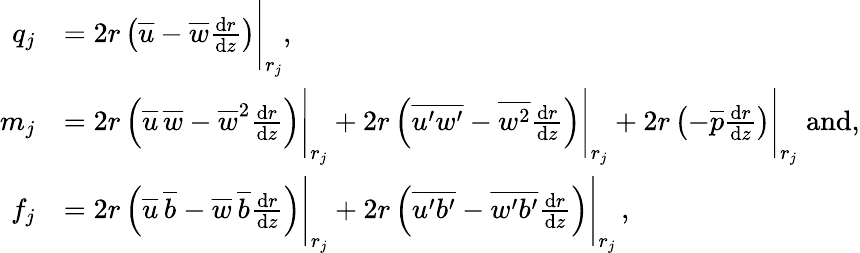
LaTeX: \begin{array}{rl}{q_{j}}&{=2r\left(\overline{{u}}-\overline{{w}}\frac{\textnormal{d}r}{\textnormal{d}z}\right)\Bigg|_{r_{j}},}\\ {m_{j}}&{=2r\left(\overline{{u}}\, \overline{{w}}-{\overline{{w}}}^{2}\frac{\textnormal{d}r}{\textnormal{d}z}\right)\Bigg|_{r_{j}}+2r\left(\overline{{u^{\prime}w^{\prime}}}-\overline{{w^{2}}}\frac{\textnormal{d}r}{\textnormal{d}z}\right)\Bigg|_{r_{j}}+2r\left(-\overline{{p}}\frac{\textnormal{d}r}{\textnormal{d}z}\right)\Bigg|_{r_{j}}\; \textrm{and},}\\ {f_{j}}&{=2r\left(\overline{{u}}\, \overline{{b}}-{\overline{{w}}\, \overline{{b}}}\frac{\textnormal{d}r}{\textnormal{d}z}\right)\Bigg|_{r_{j}}+2r\left(\overline{{u^{\prime}b^{\prime}}}-\overline{{w^{\prime}b^{\prime}}}\frac{\textnormal{d}r}{\textnormal{d}z}\right)\Bigg|_{r_{j}}\, ,}\end{array}